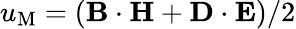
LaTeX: u_{\mathrm{M}}=\left({\mathbf B}\cdot{\mathbf H}+{\mathbf D}\cdot{\mathbf E}\right)/2